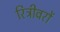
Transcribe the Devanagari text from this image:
रिट्रीवरों